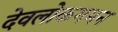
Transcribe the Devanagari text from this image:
देवलोकगमन